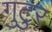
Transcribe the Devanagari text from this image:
गुटुर